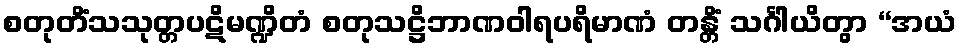
စတုတိံသသုတ္တပဋိမဏ္ဍိတံ စတုသဋ္ဌိဘာဏဝါရပရိမာဏံ တန္တိံ သင်္ဂါယိတွာ “အယံ